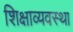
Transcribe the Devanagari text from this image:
शिक्षाव्यवस्था